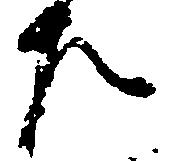
左